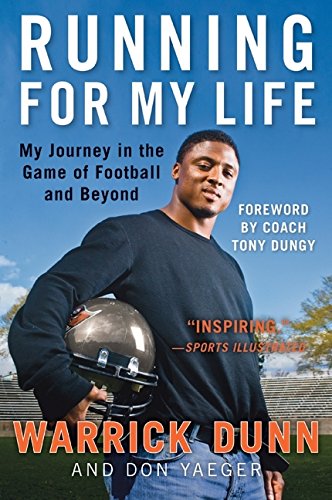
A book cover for Running for My Life: My Journey in the Game of Football and Beyond; Warrick Dunn; Biographies & Memoirs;